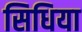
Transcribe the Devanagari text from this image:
सिधिया